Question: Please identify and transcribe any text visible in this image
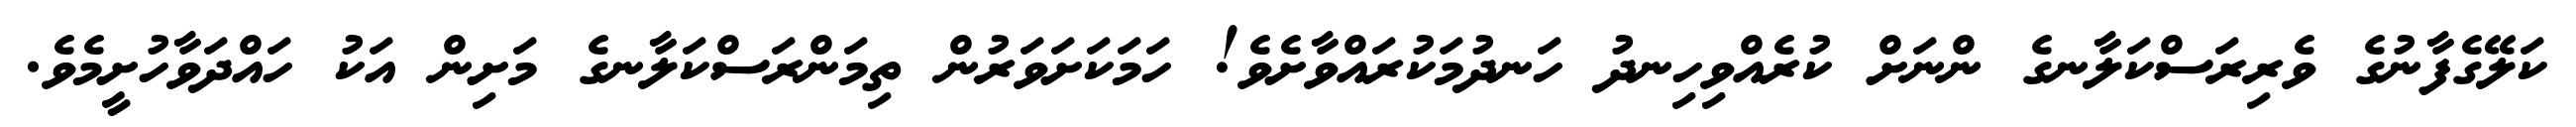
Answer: ކަލޭގެފާނުގެ ވެރިރަސްކަލާނގެ ންނަށް ކުރެއްވިހިނދު ހަނދުމަކުރައްވާށެވެ! ހަމަކަށަވަރުން ތިމަންރަސްކަލާނގެ މަށިން އަކު ހައްދަވާހުށީމެވެ.